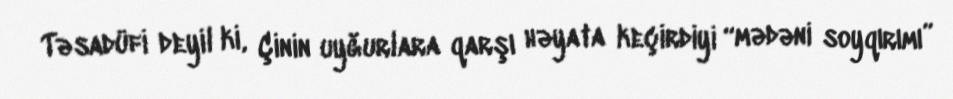
Təsadüfi deyil ki, Çinin uyğurlara qarşı həyata keçirdiyi “mədəni soyqırımı”